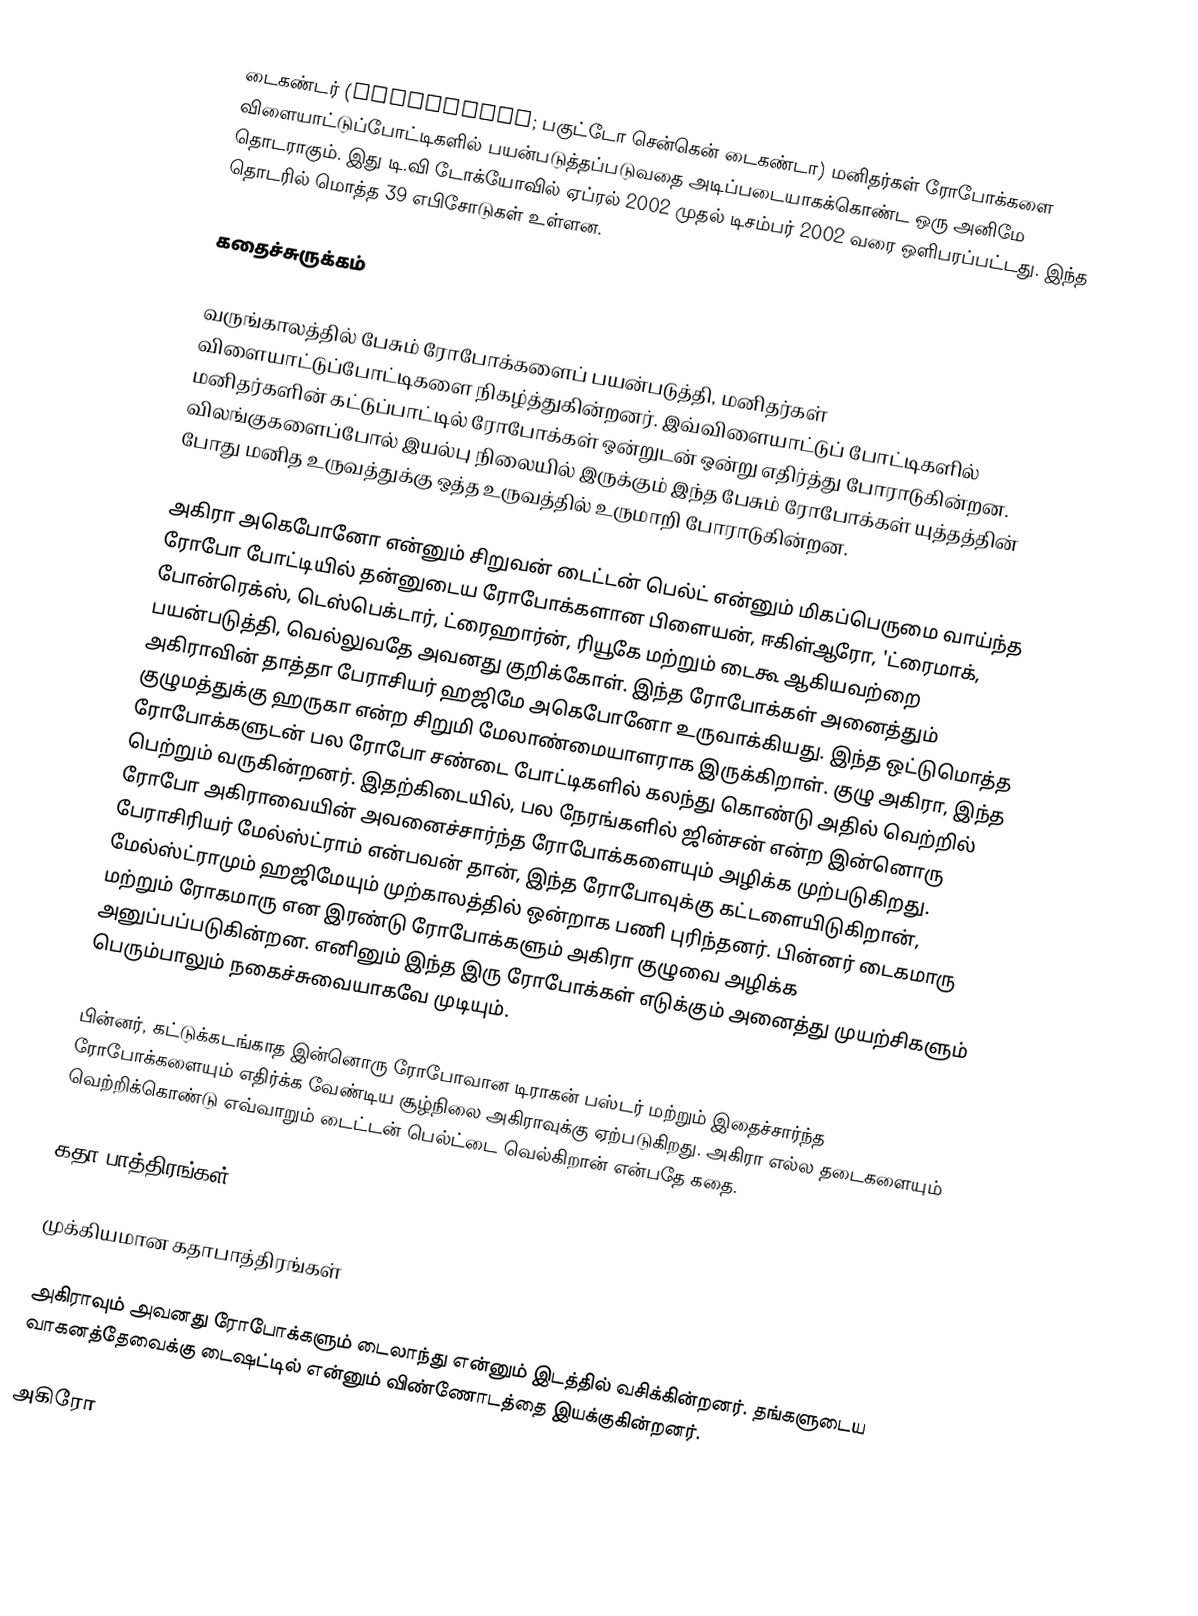
டைகண்டர் (爆闘宣言ダイガンダー; பகுட்டோ சென்கென் டைகண்டா) மனிதர்கள் ரோபோக்களை விளையாட்டுப்போட்டிகளில் பயன்படுத்தப்படுவதை அடிப்படையாகக்கொண்ட ஒரு அனிமே தொடராகும். இது டி.வி டோக்யோவில் ஏப்ரல் 2002 முதல் டிசம்பர் 2002 வரை ஒளிபரப்பட்டது. இந்த தொடரில் மொத்த 39 எபிசோடுகள் உள்ளன.

கதைச்சுருக்கம்

வருங்காலத்தில் பேசும் ரோபோக்களைப் பயன்படுத்தி, மனிதர்கள் விளையாட்டுப்போட்டிகளை நிகழ்த்துகின்றனர். இவ்விளையாட்டுப் போட்டிகளில் மனிதர்களின் கட்டுப்பாட்டில் ரோபோக்கள் ஒன்றுடன் ஒன்று எதிர்த்து போராடுகின்றன. விலங்குகளைப்போல் இயல்பு நிலையில் இருக்கும் இந்த பேசும் ரோபோக்கள் யுத்தத்தின் போது மனித உருவத்துக்கு ஒத்த உருவத்தில் உருமாறி போராடுகின்றன.

அகிரா அகெபோனோ என்னும் சிறுவன் டைட்டன் பெல்ட் என்னும் மிகப்பெருமை வாய்ந்த ரோபோ போட்டியில் தன்னுடைய ரோபோக்களான பிளையன்,  ஈகிள்ஆரோ, 'ட்ரைமாக், போன்ரெக்ஸ், டெஸ்பெக்டார், ட்ரைஹார்ன், ரியூகே மற்றும் டைகூ ஆகியவற்றை பயன்படுத்தி, வெல்லுவதே அவனது குறிக்கோள். இந்த ரோபோக்கள் அனைத்தும் அகிராவின் தாத்தா பேராசியர் ஹஜிமே அகெபோனோ உருவாக்கியது. இந்த ஒட்டுமொத்த குழுமத்துக்கு ஹருகா என்ற சிறுமி மேலாண்மையாளராக இருக்கிறாள். குழு அகிரா, இந்த ரோபோக்களுடன் பல ரோபோ சண்டை போட்டிகளில் கலந்து கொண்டு அதில் வெற்றில் பெற்றும் வருகின்றனர். இதற்கிடையில், பல நேரங்களில் ஜின்சன் என்ற இன்னொரு ரோபோ அகிராவையின் அவனைச்சார்ந்த ரோபோக்களையும் அழிக்க முற்படுகிறது. பேராசிரியர் மேல்ஸ்ட்ராம் என்பவன் தான், இந்த ரோபோவுக்கு கட்டளையிடுகிறான், மேல்ஸ்ட்ராமும் ஹஜிமேயும் முற்காலத்தில் ஒன்றாக பணி புரிந்தனர். பின்னர் டைகமாரு மற்றும் ரோகமாரு என இரண்டு ரோபோக்களும் அகிரா குழுவை அழிக்க அனுப்பப்படுகின்றன. எனினும் இந்த இரு ரோபோக்கள் எடுக்கும் அனைத்து முயற்சிகளும் பெரும்பாலும் நகைச்சுவையாகவே முடியும்.

பின்னர், கட்டுக்கடங்காத இன்னொரு ரோபோவான டிராகன் பஸ்டர்  மற்றும் இதைச்சார்ந்த ரோபோக்களையும் எதிர்க்க வேண்டிய சூழ்நிலை அகிராவுக்கு ஏற்படுகிறது. அகிரா எல்ல தடைகளையும் வெற்றிக்கொண்டு எவ்வாறும் டைட்டன் பெல்ட்டை வெல்கிறான் என்பதே கதை.

கதா பாத்திரங்கள்

முக்கியமான கதாபாத்திரங்கள்

அகிராவும் அவனது ரோபோக்களும் டைலாந்து என்னும் இடத்தில் வசிக்கின்றனர். தங்களுடைய வாகனத்தேவைக்கு டைஷட்டில் என்னும் விண்ணோடத்தை இயக்குகின்றனர்.

 அகிரோ